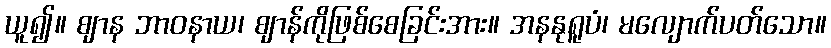
ယူ၍။ ဈာန ဘာဝနာယ၊ ဈာန်ကိုဖြစ်စေခြင်းအား။ အနနုရူပံ၊ မလျောက်ပတ်သော။